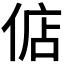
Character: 𫢶